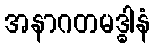
အနာဂတမဒ္ဓါနံ